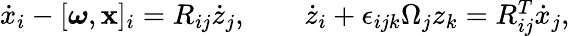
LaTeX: \begin{array}{r}{\dot{x}_{i}-[\boldsymbol{\omega},{\mathbf x}]_{i}=R_{ij}\dot{z}_{j},\qquad\dot{z}_{i}+\epsilon_{ijk}\Omega_{j}z_{k}=R_{ij}^{T}\dot{x}_{j},}\end{array}